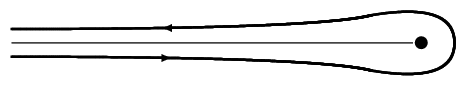
\unitlength=1pt  \begin{picture}(480,20)    \put(100,10){      \put(50,-.5){\vector(1,0){8}}      {\thicklines        \qbezier(0,0)(110,0)(130,-5)        \qbezier(130,-5)(160,-10)(160,5)        }      \put(0,10){        \put(62,.5){\vector(-1,0){8}}\thicklines        \qbezier(0,0)(110,0)(130,5)        \qbezier(130,5)(160,10)(160,-5)        }      \put(145,2){$\bullet$}      \put(0,5){\line(1,0){145}}      }  \end{picture}